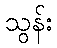
သွန်း